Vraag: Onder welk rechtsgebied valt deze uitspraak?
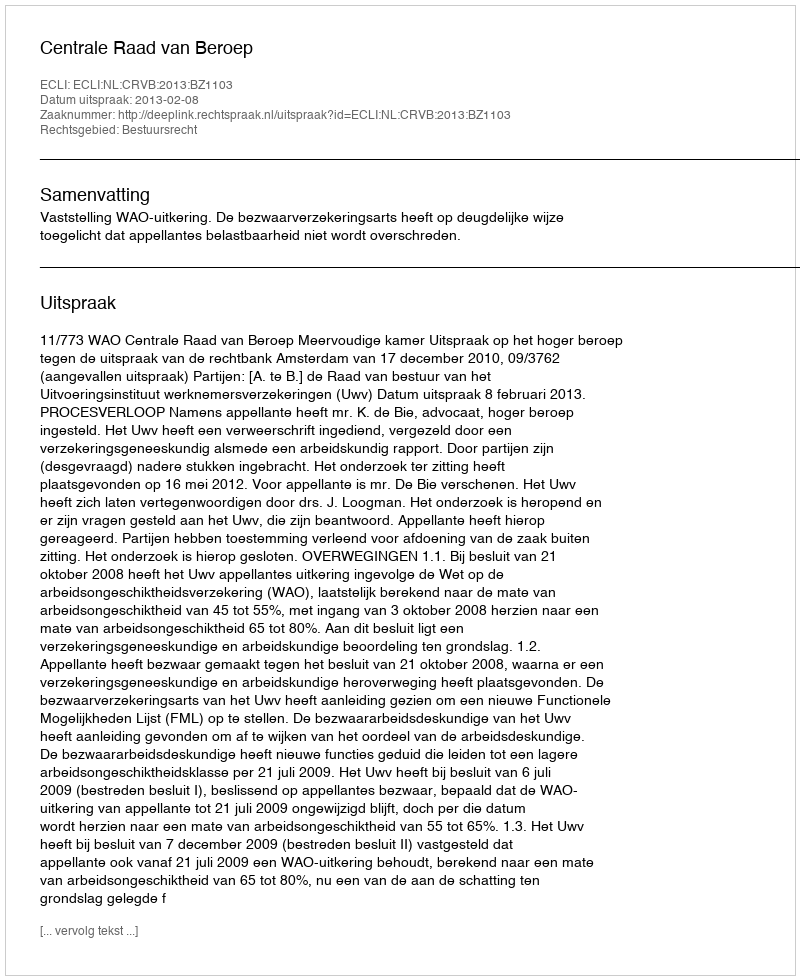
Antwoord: Bestuursrecht